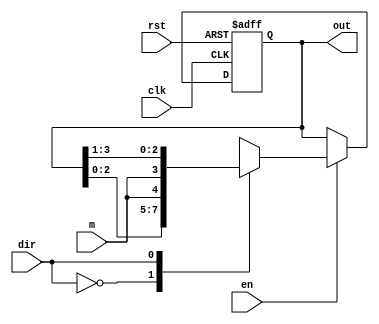
`timescale 1ns / 1ps
module bsr(m,dir,clk,en,rst,out);
parameter N=4;
input clk,m,dir,en,rst;
output reg [N-1:0]out;
always @ (posedge clk or posedge rst)
begin
if(rst)
begin out<=0;
end
else
begin
    if(en)
        case(dir)
        0:out<={out[N-2:0],m};
        1:out<={m,out[N-1:1]};
        endcase
    else
    out<=out;
    end
end
endmodule